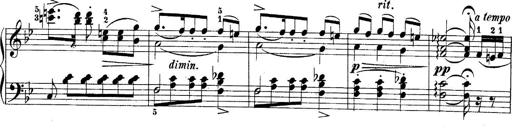
Title: 10 Sonatines progressives
Composer: Anton Schmoll